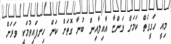
މިއީ ހަގީގަތް ކަމަށް ވަންޏާ އާއިލާއިން ބުނާ ގޮތަށް ކަން ހިނފައިވުމަކީ ވަރަށް